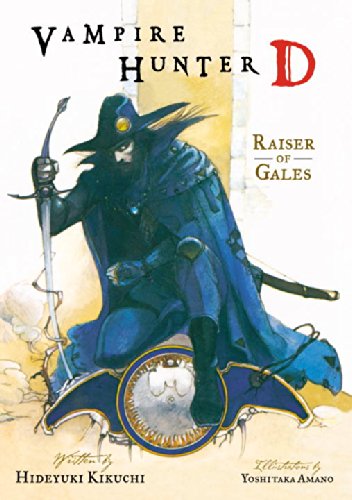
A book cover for Vampire Hunter D, Vol. 2: Raiser of Gales; Hideyuki Kikuchi; Science Fiction & Fantasy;